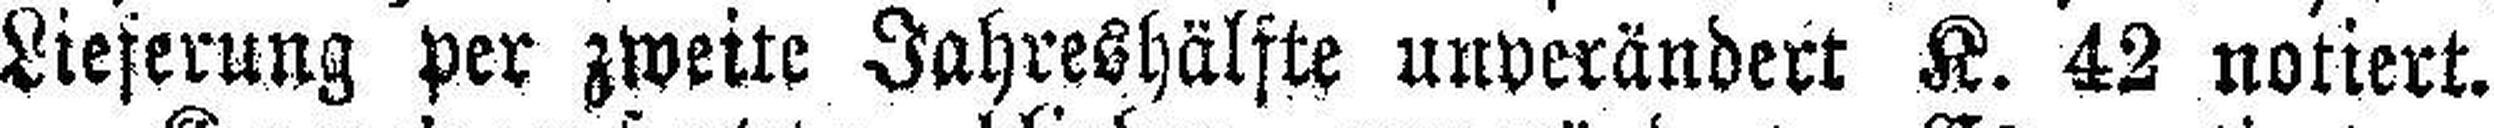
Lieferung per zweite Jahreshälfte unverändert K. 42 notiert.